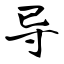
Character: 导